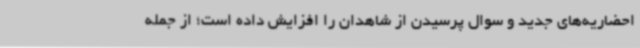
احضاریه‌های جدید و سوال پرسیدن از شاهدان را افزایش داده است؛ از جمله